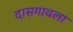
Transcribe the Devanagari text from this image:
दासगावला